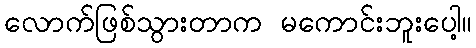
လောက်ဖြစ်သွားတာက မကောင်းဘူးပေါ့။